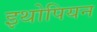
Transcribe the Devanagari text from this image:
इथोपियन